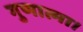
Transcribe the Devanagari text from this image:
गुणात्मा।